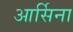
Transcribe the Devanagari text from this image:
आर्सिना